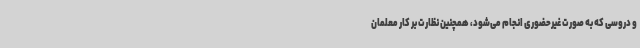
و دروسی که به صورت غیرحضوری انجام می‌شود، همچنین نظارت بر کار معلمان